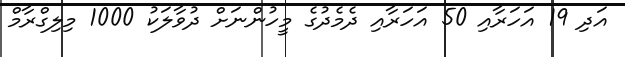
އަދި 19 އަހަރާއި 50 އަހަރާއި ދެމެދުގެ މީހުންނަށް ދުވާލަކު 1000 މިލިގްރާމް